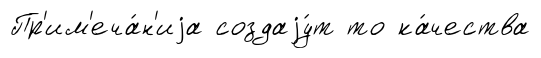
Пр'им'еча́н'иjа создаjу́т то ка́чества